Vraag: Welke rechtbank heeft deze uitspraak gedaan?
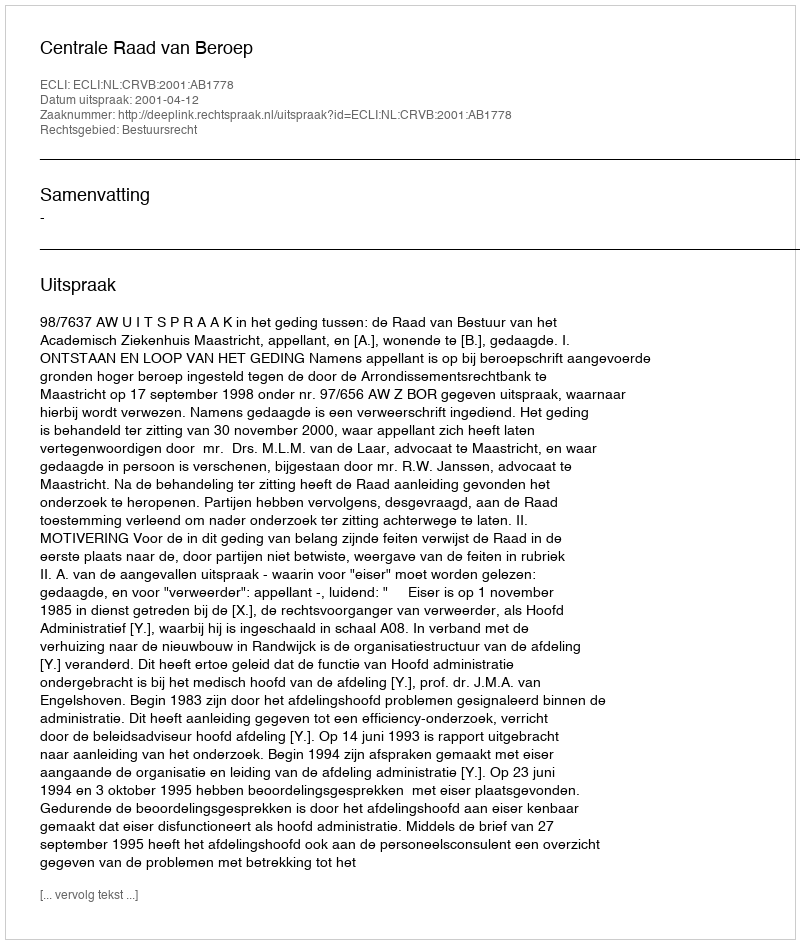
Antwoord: Centrale Raad van Beroep